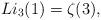
LaTeX: \begin{align*}Li_3(1)= \zeta(3), \end{align*}